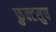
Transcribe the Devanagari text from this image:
फ्रुक्टसुप